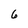
Character: 6